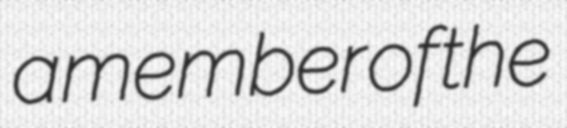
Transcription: a member of the